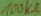
Text: 100KΩ